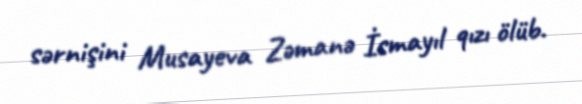
sərnişini Musayeva Zəmanə İsmayıl qızı ölüb.